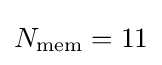
N_{\text{mem}}=11